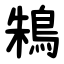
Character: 鴸